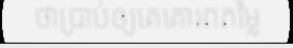
ថាប្រាប់ឲ្យគេគោរពតម្លៃ